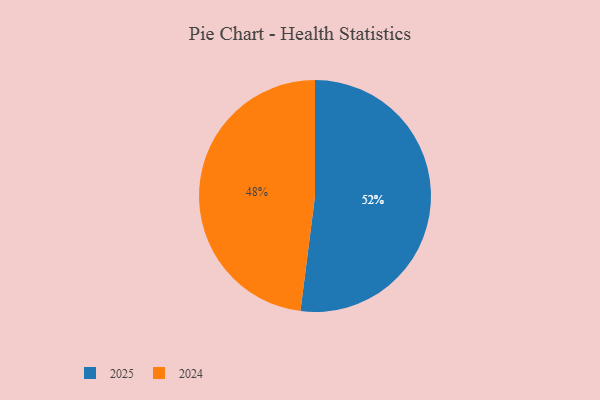
{"axis": {"x": "Category", "y": "Percentage"}, "legend": ["2024", "2025"], "data": [{"x": "2025", "y": 52, "type": "2025"}, {"x": "2024", "y": 48, "type": "2024"}]}